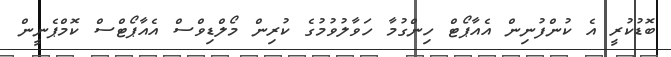
ބޮޑުކުރީ އެ ކުންފުނިން އެއާޕޯޓް ހިންގުމާ ހަވާލުވުމުގެ ކުރިން މޯލްޑިވްސް އެއާޕޯޓްސް ކޮމްޕެނީން